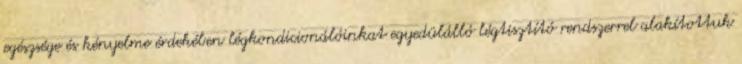
egészsége és kényelme érdekében légkondicionálóinkat egyedülálló légtisztító rendszerrel alakítottuk